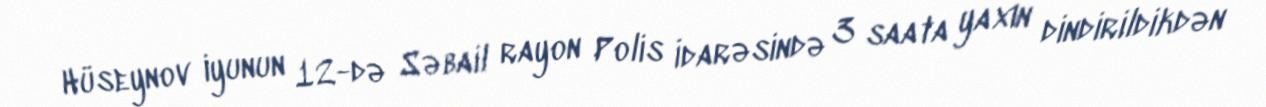
Hüseynov iyunun 12-də Səbail rayon Polis İdarəsində 3 saata yaxın dindirildikdən